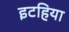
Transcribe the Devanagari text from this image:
इटहिया